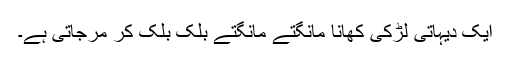
ایک دیہاتی لڑکی کھانا مانگتے مانگتے بلک بلک کر مرجاتی ہے۔